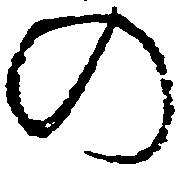
の